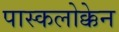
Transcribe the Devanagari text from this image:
पास्कलोक्केन